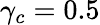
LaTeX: \gamma_{c}=0.5